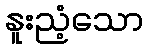
နူးညံ့သော